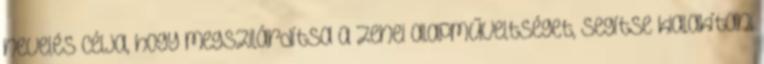
nevelés célja, hogy megszilárdítsa a zenei alapműveltséget, segítse kialakítani